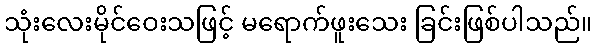
သုံးလေးမိုင်ဝေးသဖြင့် မရောက်ဖူးသေး ခြင်းဖြစ်ပါသည်။